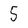
Character: 5